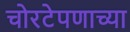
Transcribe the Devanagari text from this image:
चोरटेपणाच्या